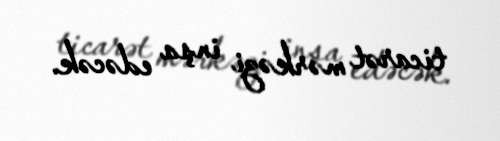
ticarət mərkəzi inşa edəcək.